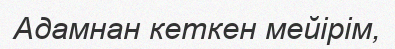
Адамнан кеткен мейірім,